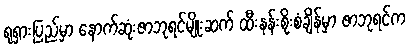
ရုရှားပြည်မှာ နောက်ဆုံးဇာဘုရင်မျိုးဆက် ထီးနန်းစိုးစံချိန်မှာ ဇာဘုရင်က